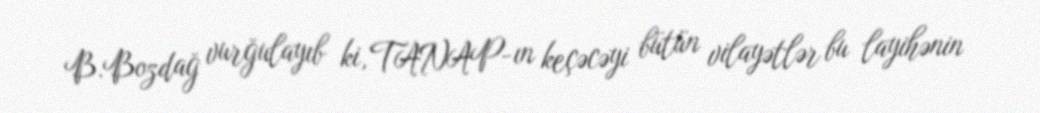
B.Bozdağ vurğulayıb ki, TANAP-ın keçəcəyi bütün vilayətlər bu layihənin